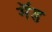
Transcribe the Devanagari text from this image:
मॅड